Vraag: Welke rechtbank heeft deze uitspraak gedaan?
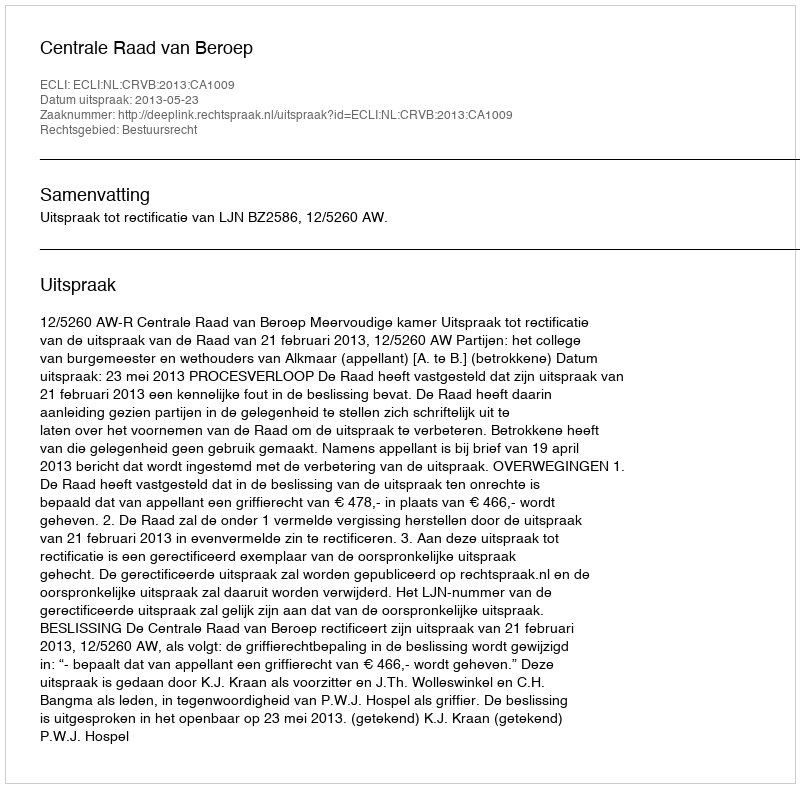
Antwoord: Centrale Raad van Beroep